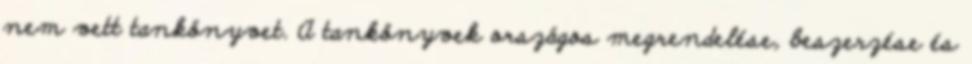
nem vett tankönyvet. A tankönyvek országos megrendelése, beszerzése és